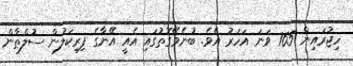
ހިޖުރައިން 765 ވަނަ އަހަރު އެވެ. ބުނެވޭގޮތުގައި އެއީ އޭނާގެ ފިރިކަލުން ސުލްޠާން